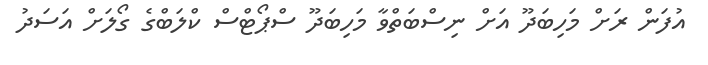
އުފަން ރަށް މަހިބަދޫ އަށް ނިސްބަތްވާ މަހިބަދޫ ސްޕޯޓްސް ކްލަބްގެ ގޯލަށް އަސަދު